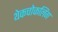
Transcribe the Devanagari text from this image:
थेकचोकलिंग